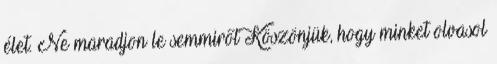
élet. Ne maradjon le semmiről Köszönjük, hogy minket olvasol